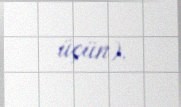
üçün).